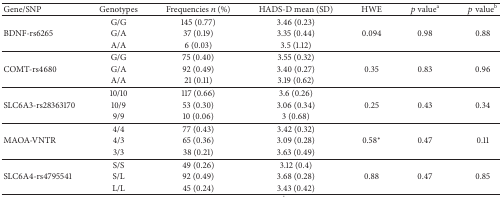
| Gene/SNP | Genotypes | Frequencies n (%) | HADS-D mean (SD) | HWE | p valuea | p valueb |
 | --- | --- | --- | --- | --- | --- | --- |
 | <ROWSPAN=3> BDNF-rs6265 | G/G | 145 (0.77) | 3.46 (0.23) | <ROWSPAN=3> 0.094 | <ROWSPAN=3> 0.98 | <ROWSPAN=3> 0.88 |
 | G/A | 37 (0.19) | 3.35 (0.44) |
 | A/A | 6 (0.03) | 3.5 (1.12) |
 | <ROWSPAN=3> COMT-rs4680 | G/G | 75 (0.40) | 3.55 (0.32) | <ROWSPAN=3> 0.35 | <ROWSPAN=3> 0.83 | <ROWSPAN=3> 0.96 |
 | G/A | 92 (0.49) | 3.40 (0.27) |
 | A/A | 21 (0.11) | 3.19 (0.62) |
 | <ROWSPAN=3> SLC6A3-rs28363170 | 10/10 | 117 (0.66) | 3.6 (0.26) |  |  | <ROWSPAN=3> 0.34 |
 | 10/9 | 53 (0.30) | 3.06 (0.34) | 0.25 | 0.43 |
 | 9/9 | 10 (0.06) | 3 (0.68) |  |  |
 | <ROWSPAN=3> MAOA-VNTR | 4/4 | 77 (0.43) | 3.42 (0.32) |  |  | <ROWSPAN=3> 0.11 |
 | 4/3 | 65 (0.36) | 3.09 (0.28) | 0.58∗ | 0.47 |
 | 3/3 | 38 (0.21) | 3.63 (0.49) |  |  |
 | <ROWSPAN=3> SLC6A4-rs4795541 | S/S | 49 (0.26) | 3.12 (0.4) |  |  | <ROWSPAN=3> 0.85 |
 | S/L | 92 (0.49) | 3.68 (0.28) | 0.88 | 0.47 |
 | L/L | 45 (0.24) | 3.43 (0.42) |  |  |